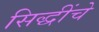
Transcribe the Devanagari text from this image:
सिद्धींचे